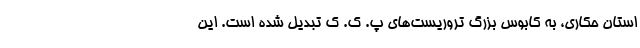
استان حکاری، به کابوس بزرگ تروریست‌های پ. ک. ک تبدیل شده است. این